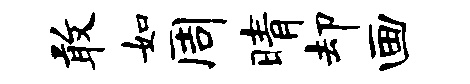
敢如周晴却画